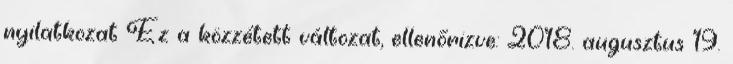
nyilatkozat Ez a közzétett változat, ellenőrizve: 2018. augusztus 19.